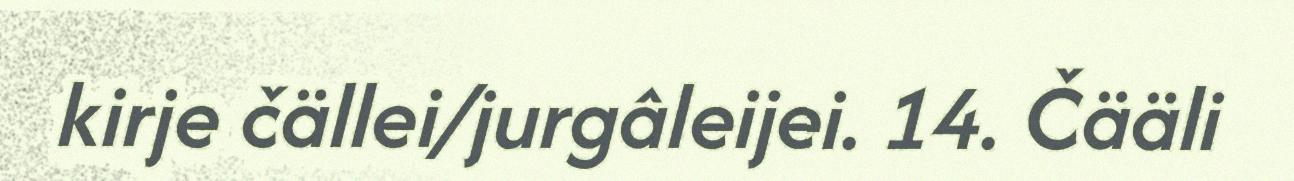
kirje čällei/jurgâleijei. 14. Čääli